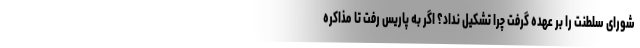
شورای سلطنت را بر عهده گرفت چرا تشکیل نداد؟ اگر به پاریس رفت تا مذاکره